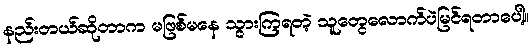
နည်းတယ်ဆိုတာက မဖြစ်မနေ သွားကြရတဲ့ သူတွေလောက်ပဲမြင်ရတာပေါ့။